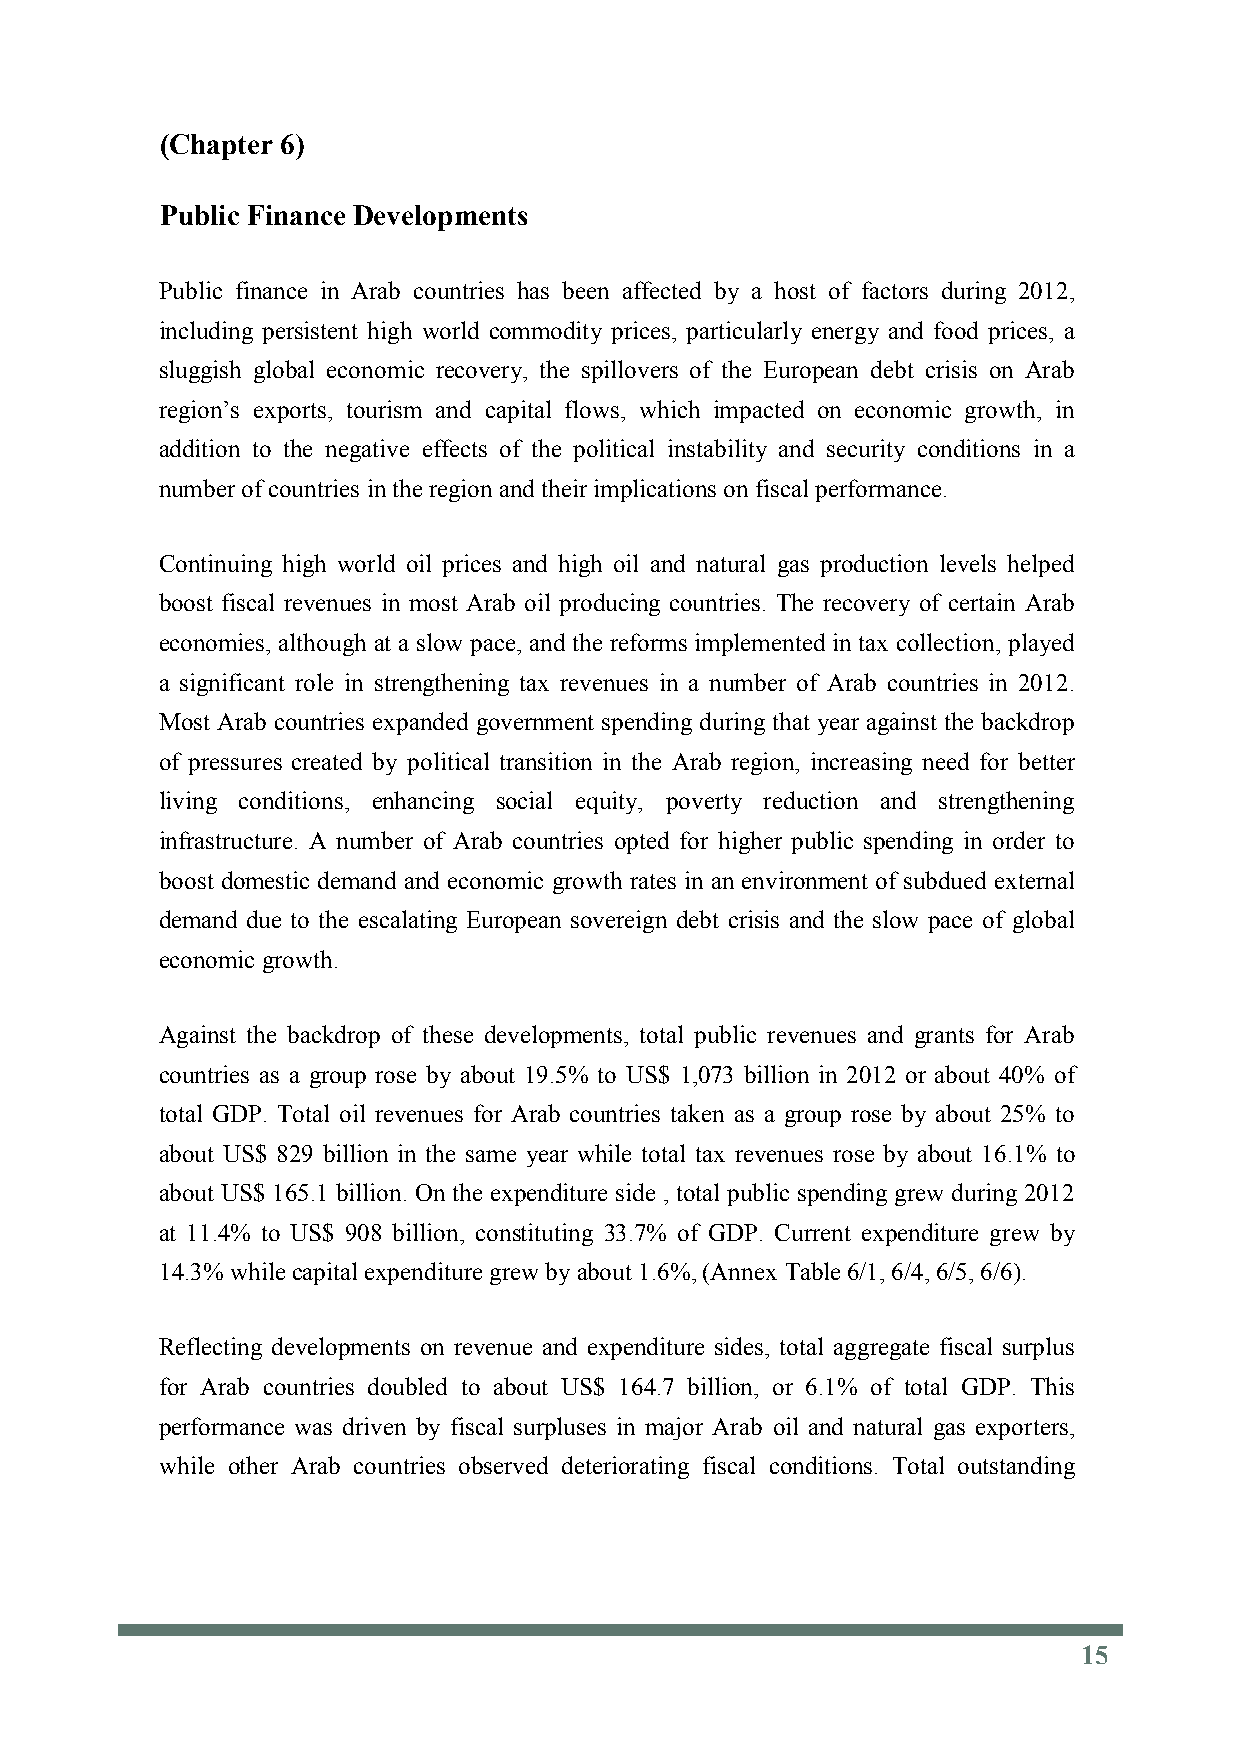
(Chapter 6)
 Public Finance Developments
 Public finance in Arab countries has been affected by a host of factors during 2012,
 including persistent high world commodity prices, particularly energy and food prices, a
 sluggish global economic recovery, the spillovers of the European debt crisis on Arab
 region’s exports, tourism and capital flows, which impacted on economic growth, in
 addition to the negative effects of the political instability and security conditions in a
 number of countries inthe region and their implications on fiscal performance.
 Continuing high world oil prices and high oil and natural gas production levels helped
 boost fiscal revenues in most Arab oil producing countries. The recovery of certain Arab
 economies, although at a slow pace, and the reforms implemented in tax collection, played
 a significant role in strengthening tax revenues in a number of Arab countries in 2012.
 Most Arab countries expanded government spending during that year against the backdrop
 of pressures created by political transition in the Arab region, increasing need for better
 living conditions, enhancing social equity, poverty reduction and strengthening
 infrastructure. A number of Arab countries opted for higher public spending in order to
 boost domestic demand and economic growth rates in an environment of subdued external
 demand due to the escalating European sovereign debt crisis and the slow pace of global
 economic growth.
 Against the backdrop of these developments, total public revenues and grants for Arab
 countries as a group rose by about 19.5% to US$ 1,073 billion in 2012 or about 40% of
 total GDP. Total oil revenues for Arab countries taken as a group rose by about 25% to
 about US$ 829 billion in the same year while total tax revenues rose by about 16.1% to
 about US$ 165.1 billion. On the expenditure side , total public spending grew during 2012
 at 11.4% to US$ 908 billion, constituting 33.7% of GDP. Current expenditure grew by
 14.3% whilecapital expendituregrew byabout 1.6%, (Annex Table 6/1, 6/4, 6/5, 6/6).
 Reflecting developments on revenue and expenditure sides, total aggregate fiscal surplus
 for Arab countries doubled to about US$ 164.7 billion, or 6.1% of total GDP. This
 performance was driven by fiscal surpluses in major Arab oil and natural gas exporters,
 while other Arab countries observed deteriorating fiscal conditions. Total outstanding
 15
 15